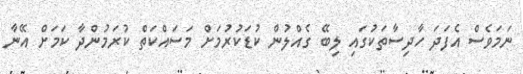
ނަމަވެސް އެފަދަ ހާދިސާތަކުގައި ލިބޭ ގެއްލުން ކުޑަކުރުމަށް މަސައްކަތް ކުރަމުންދާ ކަމަށް އޭނާ